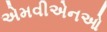
એમવીએનઓ